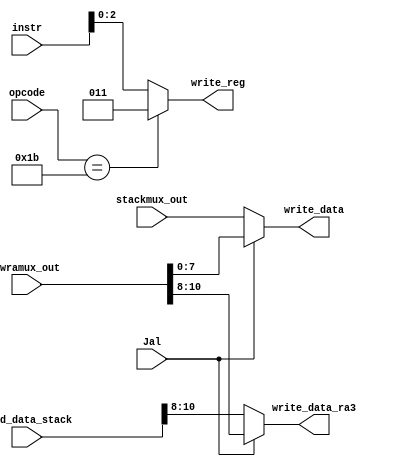
module muxes_rf_writes (input [15:0] instr, input [10:0] read_data_stack, input [10:0] Lwramux_out, input [7:0] stackmux_out,
	output [2:0] write_reg, output [7:0] write_data, output [2:0] write_data_ra3, input Jal, input [4:0] opcode);
	
	wire Jal;    //control line
	wire [4:0] opcode;
	wire [7:0] stackmux_out;
	wire [10:0] Lwramux_out;
	wire [10:0] read_data_stack; 
	wire [15:0] instr;
	
	reg [2:0] write_reg;           //choose which reg to write to
	reg signed [7:0] write_data;   //outputs the write_data
	reg [2:0] write_data_ra3;


	always @(*) 

		if (Jal==1) begin
			write_data [7:0] <= Lwramux_out [7:0];
			write_data_ra3 [2:0] <= Lwramux_out [10:8];
			end

		else begin
			write_data [7:0] <= stackmux_out [7:0];
			write_data_ra3 [2:0] <= read_data_stack [10:8];
			end


	always @(*)

		if (opcode[4:0]==5'b11011)  begin    //condition is opcode here istead of Jal because Jal is also high for lw $ra. Doesn't actually matter for lw $ra since $ra is reg 011										//but matters for plain Jal command because of timing
			write_reg [2:0] <= 3'b011;
			end

		else begin 
			write_reg [2:0] <= instr [2:0];
			end

endmodule